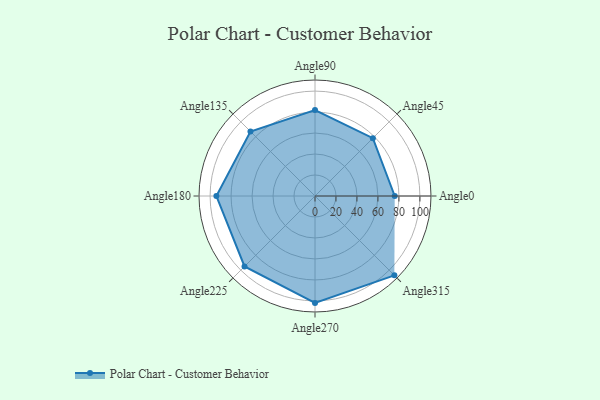
{"axis": {"x": "Angle", "y": "Radius"}, "legend": [""], "data": [{"x": "Angle0", "y": 76.0, "type": ""}, {"x": "Angle45", "y": 78.0, "type": ""}, {"x": "Angle90", "y": 82.0, "type": ""}, {"x": "Angle135", "y": 87.0, "type": ""}, {"x": "Angle180", "y": 94.0, "type": ""}, {"x": "Angle225", "y": 95.0, "type": ""}, {"x": "Angle270", "y": 102.0, "type": ""}, {"x": "Angle315", "y": 107.0, "type": ""}]}